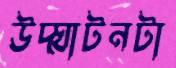
উদ্ঘাটনটা